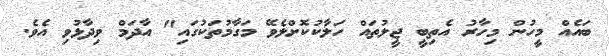
ބައެއް މީހުން މިހާރު އެތިބީ ޖީލުތައް ހަލާކުކޮށްލެވޭ މަގާމުތަކުގައި" އާދަމް ވިދާޅުވި އެވެ.